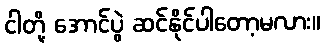
ငါတို့ အောင်ပွဲ ဆင်နိုင်ပါတော့မလား။